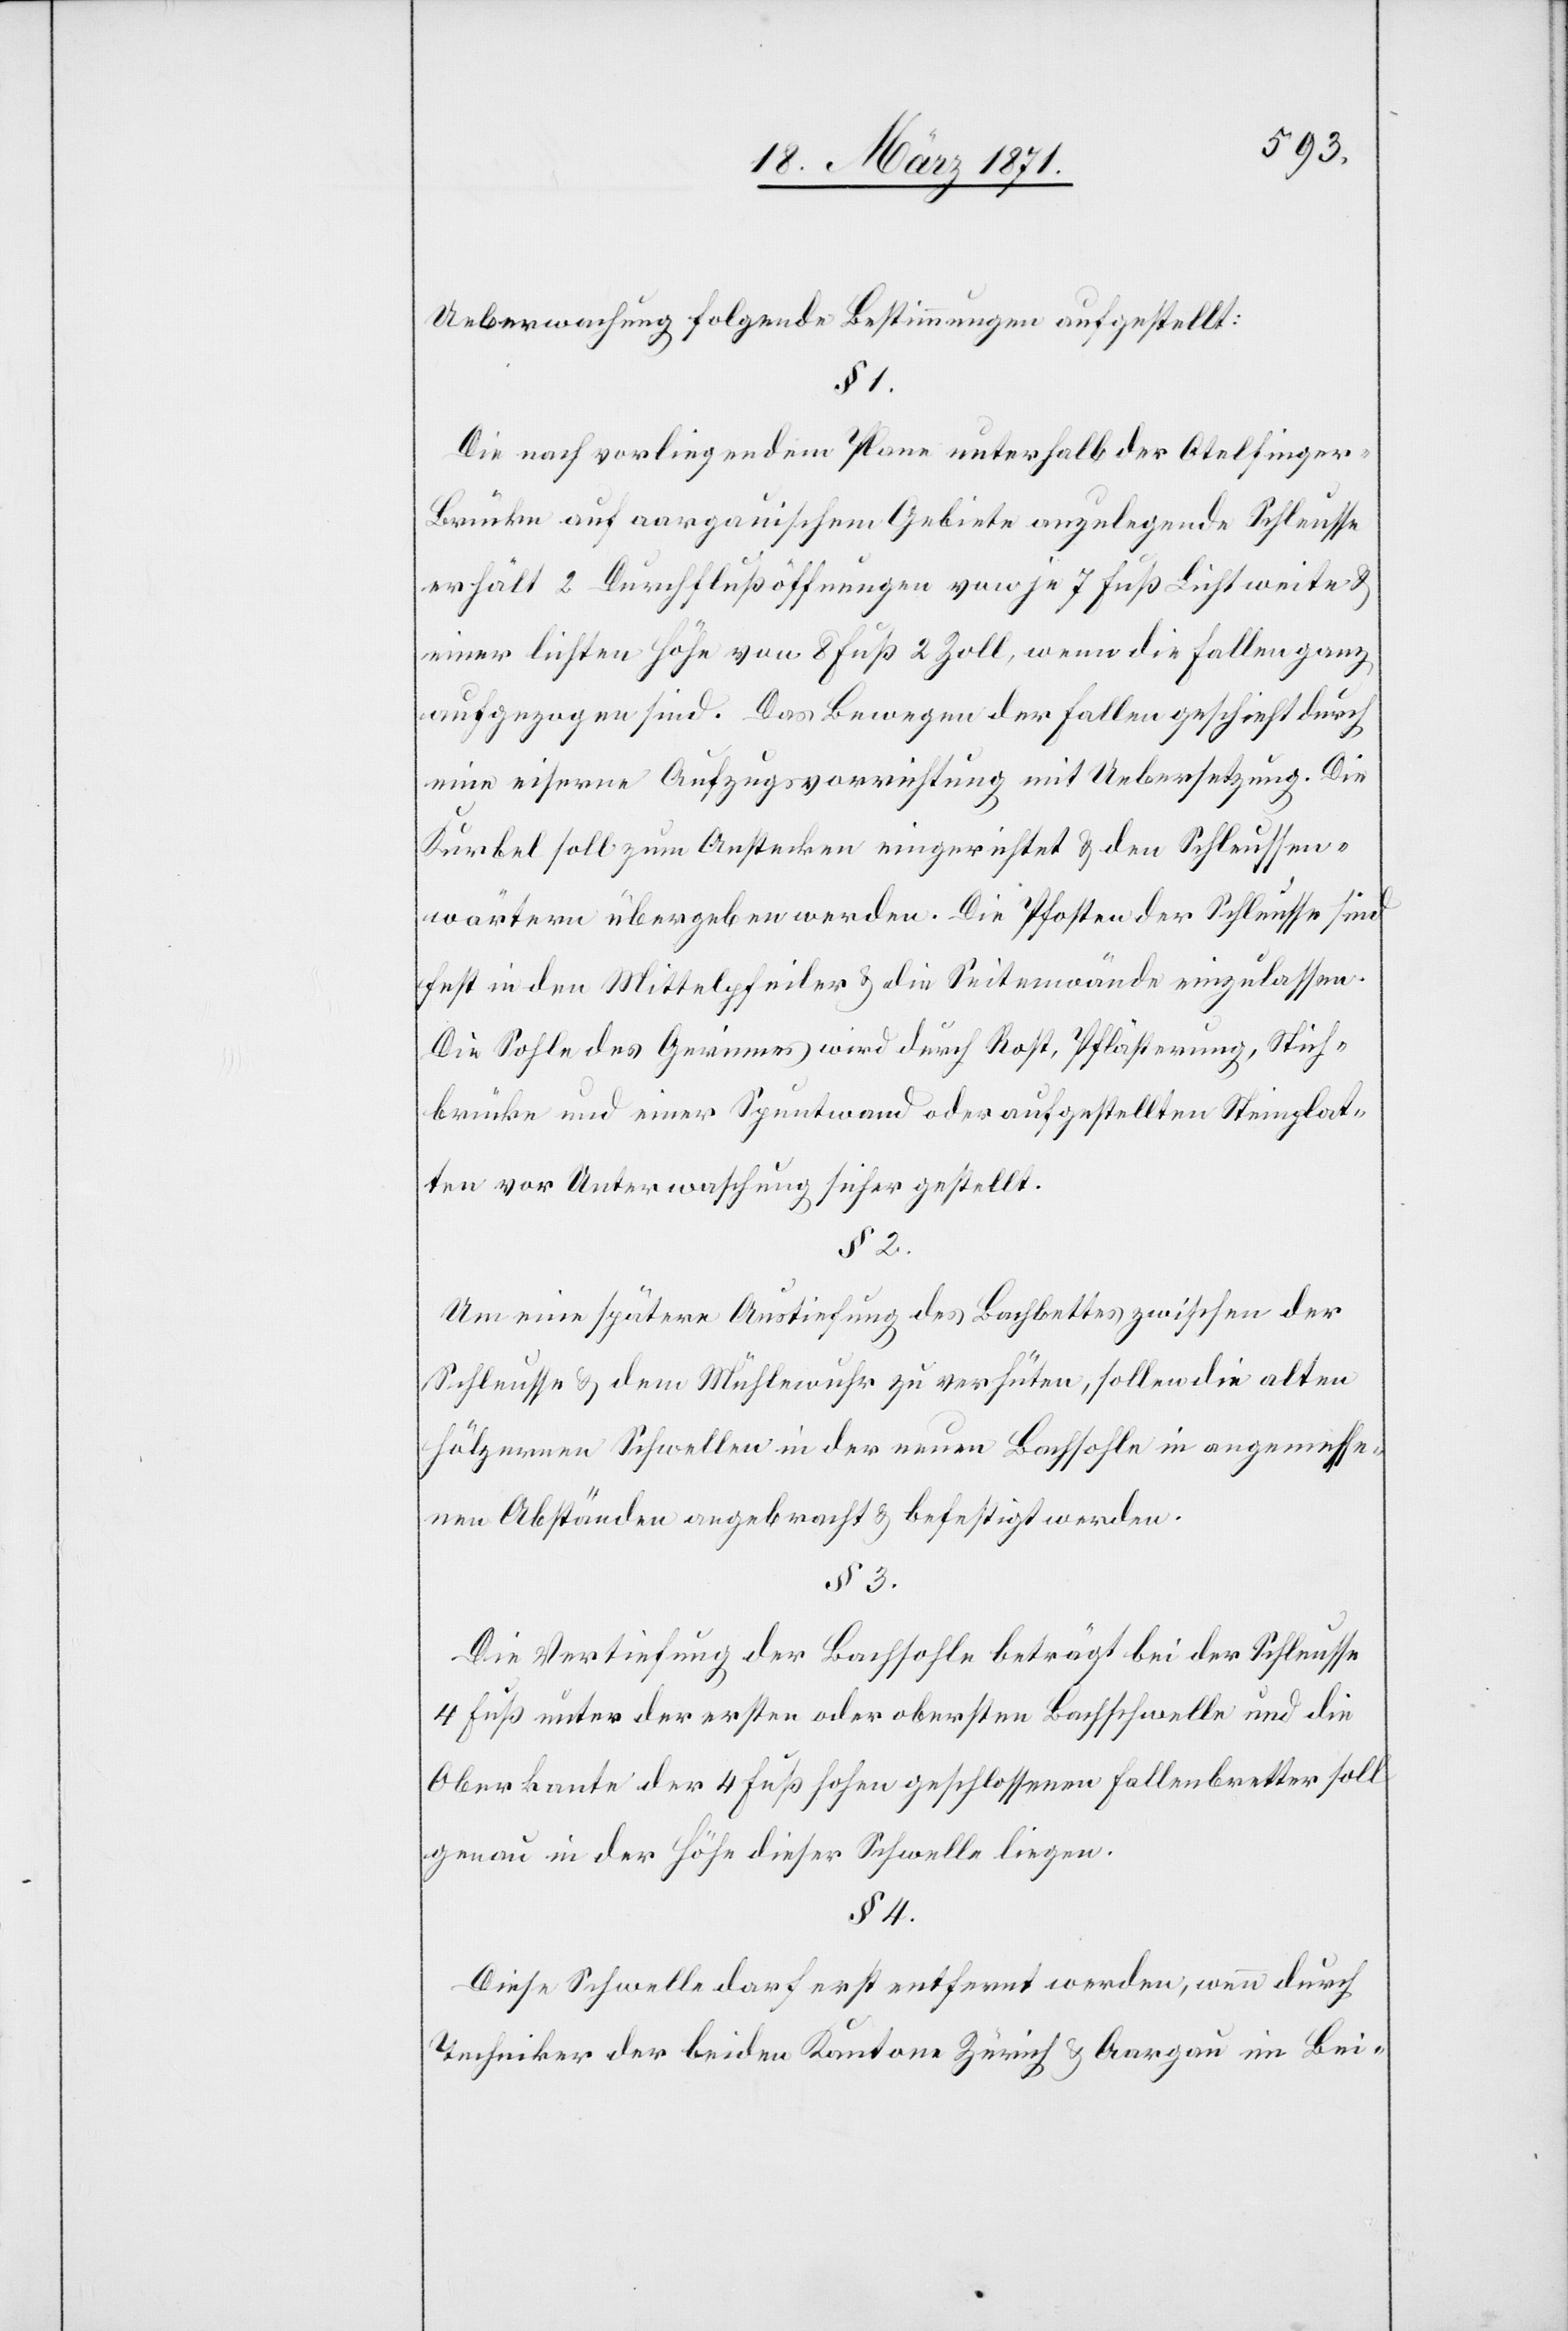
Ueberwachung folgende Bestimmungen aufgestellt:
§ 1
Die nach vorliegendem Plane unterhalb der Otelfinge¬
r-Brücke auf aargauischem Gebiete anzulegende Schleusse
erhält 2 Durchflußöffnungen von je 7 Fuß Lichtweite u.
einer lichten Höhe von 8 Fuß 2 Zoll, wenn die Fallen ganz
aufgezogen sind. Das Bewegen der Fallen geschieht durch
eine eiserne Aufzugsvorrichtung mit Uebersetzung. Die
Kurbel soll zum Anstecken eingerichtet u. den Schleussen¬
wärtern übergeben werden. Die Pfosten der Schleusse sind
fest in den Mittelpfeiler u. die Seitenwände einzulassen.
Die Sohle des Gerinnes wird durch Rost, Pflästerung, Stich¬
brücke und einer Spuntwand oder aufgestellten Steinplat¬
ten vor Unterwaschung sicher gestellt.
Um eine spätere Austiefung des Bachbettes zwischen der
Schleusse u. dem Mühlewuhr zu verhüten, sollen die alten
hölzernen Schwellen in der neuen Bachsohle in angemesse¬
nen Abständen angebracht u. befestigt werden.
§ 3
Die Vertiefung der Bachsohle beträgt bei der Schleusse
4 Fuß unter der ersten oder obersten Bachschwelle und die
Oberkante der 4 Fuß hohen geschlossenen Fallenbretter soll
genau in der Höhe dieser Schwelle liegen.
§ 4
Diese Schwelle darf erst entfernt werden, wenn durch
Techniker der beiden Kantone Zürich u. Aargau im Bei-